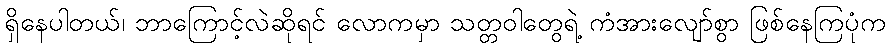
ရှိနေပါတယ်၊ ဘာကြောင့်လဲဆိုရင် လောကမှာ သတ္တဝါတွေရဲ့ ကံအားလျော်စွာ ဖြစ်နေကြပုံက